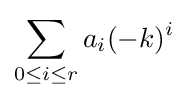
\sum _{0\leq i\leq r}a_{i}(-k)^{i}